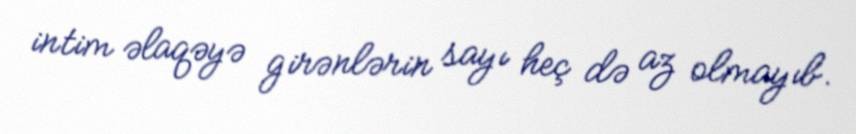
intim əlaqəyə girənlərin sayı heç də az olmayıb.